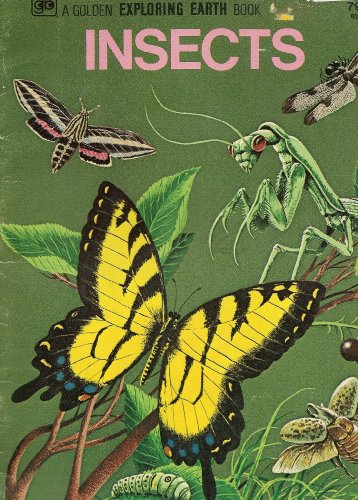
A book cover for Insects - A Golden Exploring the Earth Book; Sports & Outdoors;